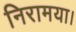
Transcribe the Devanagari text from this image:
निरामया।